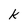
Character: k